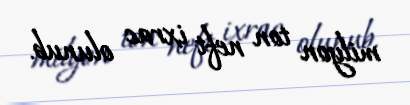
milyon ton neft ixrac olunub.